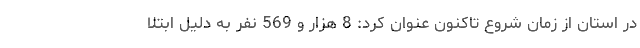
در استان از زمان شروع تاکنون عنوان کرد: 8 هزار و 569 نفر به دلیل ابتلا